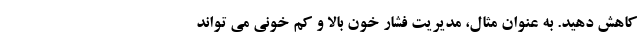
کاهش دهید. به عنوان مثال، مدیریت فشار خون بالا و کم خونی می تواند